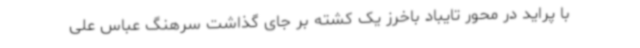
با پراید در محور تایباد باخرز یک کشته بر جای گذاشت سرهنگ عباس علی